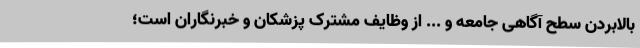
بالابردن سطح آگاهی جامعه و ... از وظایف مشترک پزشکان و خبرنگاران است؛